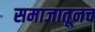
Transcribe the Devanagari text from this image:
समाजातूनच